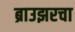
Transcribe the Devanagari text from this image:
ब्राउझरचा